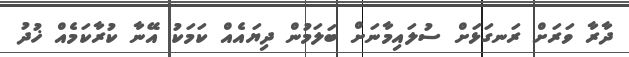
ދާރާ ވަރަށް ރަނގަޅަށް ސުލައިމާނަށް ބަލަމުން ދިޔައެއް ކަމަކު އޭނާ ކުރާކަމެއް ޚުދު